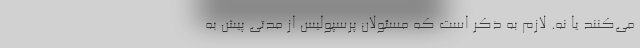
می‌کنند یا نه. لازم به ذکر است که مسئولان پرسپولیس از مدتی پیش به